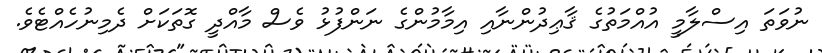
ނުވަތަ އިސްލާމީ އުއްމަތުގެ ޤާޢިދުންނާއި އިމާމުންގެ ނަންފުޅު ވެސް މާއްދީ ގޮތަކަށް ދެމިނުހެއްޓެވެ.